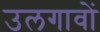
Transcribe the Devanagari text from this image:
उलगावों